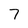
Character: 7